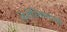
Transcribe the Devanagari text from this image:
तेनोच्तित्लानचे